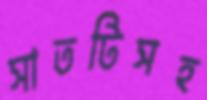
সাতটিসহ